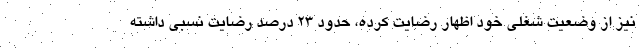
نیز از وضعیت شغلی خود اظهار رضایت کرده، حدود ۲۳ درصد رضایت نسبی داشته